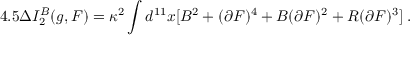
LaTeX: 4 . 5 \Delta I _ { 2 } ^ { B } ( g , F ) = \kappa ^ { 2 } \int d ^ { 1 1 } x [ B ^ { 2 } + ( \partial F ) ^ { 4 } + B ( \partial F ) ^ { 2 } + R ( \partial F ) ^ { 3 } ] \; .